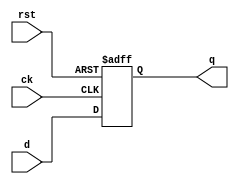
module REG5B (rst, ck, d, q);
	
	input rst, ck;
	input[4:0] d; 
	output  reg[4:0] q;
	
	always @(posedge ck or negedge rst)
	
		begin 
			if (rst == 1'b0)
				q <= 5'b0000;
			else 
				q <= d; 
		end 
		
endmodule